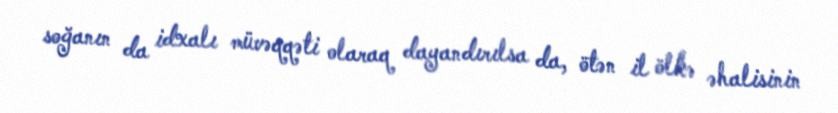
soğanın da idxalı müvəqqəti olaraq dayandırılsa da, ötən il ölkə əhalisinin